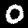
Label: 0